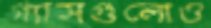
গ্যাসগুলোও